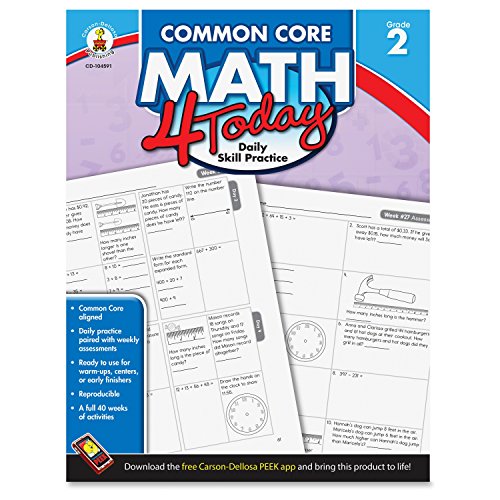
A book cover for Carson Dellosa Common Core 4 Today Workbook, Math, Grade 2, 96 Pages (CDP104591); Erin McCarthy; Test Preparation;